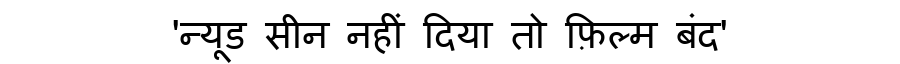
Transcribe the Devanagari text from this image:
'न्यूड सीन नहीं दिया तो फ़िल्म बंद'